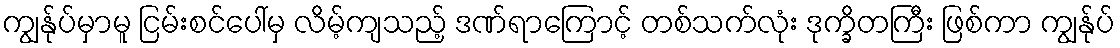
ကျွန်ုပ်မှာမူ ငြမ်းစင်ပေါ်မှ လိမ့်ကျသည့် ဒဏ်ရာကြောင့် တစ်သက်လုံး ဒုက္ခိတကြီး ဖြစ်ကာ ကျွန်ုပ်